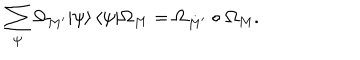
\sum _ { \psi } \Omega _ { M ^ { \prime } } | \psi \rangle \, \langle \psi | \Omega _ { M } = \Omega _ { M ^ { \prime } } \circ \Omega _ { M } .